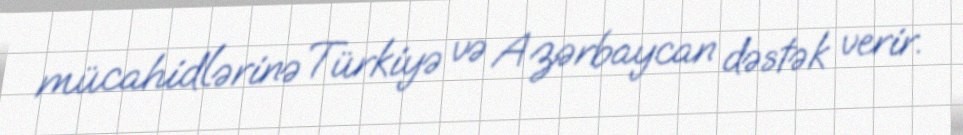
mücahidlərinə Türkiyə və Azərbaycan dəstək verir.